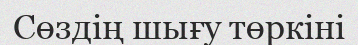
Сөздің шығу төркіні